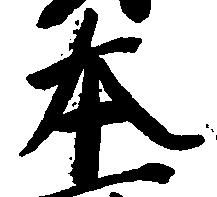
本